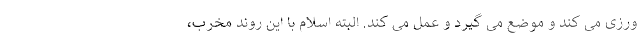
ورزی می کند و موضع می گیرد و عمل می کند. البته اسلام با این روند مخرب،